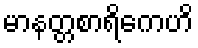
မာနတ္တစာရိကေဟိ